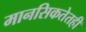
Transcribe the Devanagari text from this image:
मानसिकतेतही